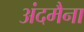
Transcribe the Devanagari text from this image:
अंदमैना